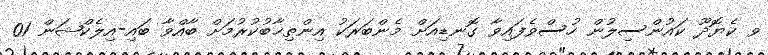
ވ ކެޔޮދޫ ކައުންސިލުން ހުސްވެފައިވާ ގޮނޑިއަށް މެންބަރަކު އިންތިޚާބުކުރުމަށް ބާއްވާ ބައި-އިލެކްޝަން 01